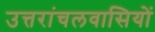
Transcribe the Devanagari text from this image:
उत्तरांचलवासियों